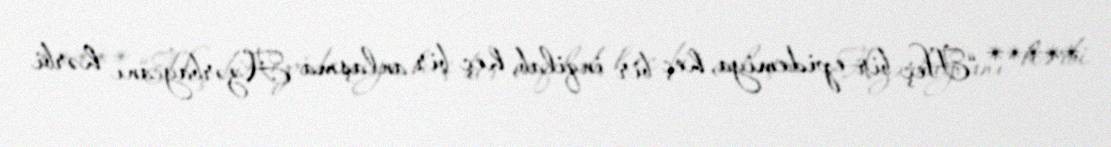
***** “Heç bir epidemiya, heç bir inqilab, heç bir anlaşma Azərbaycanı hərbi